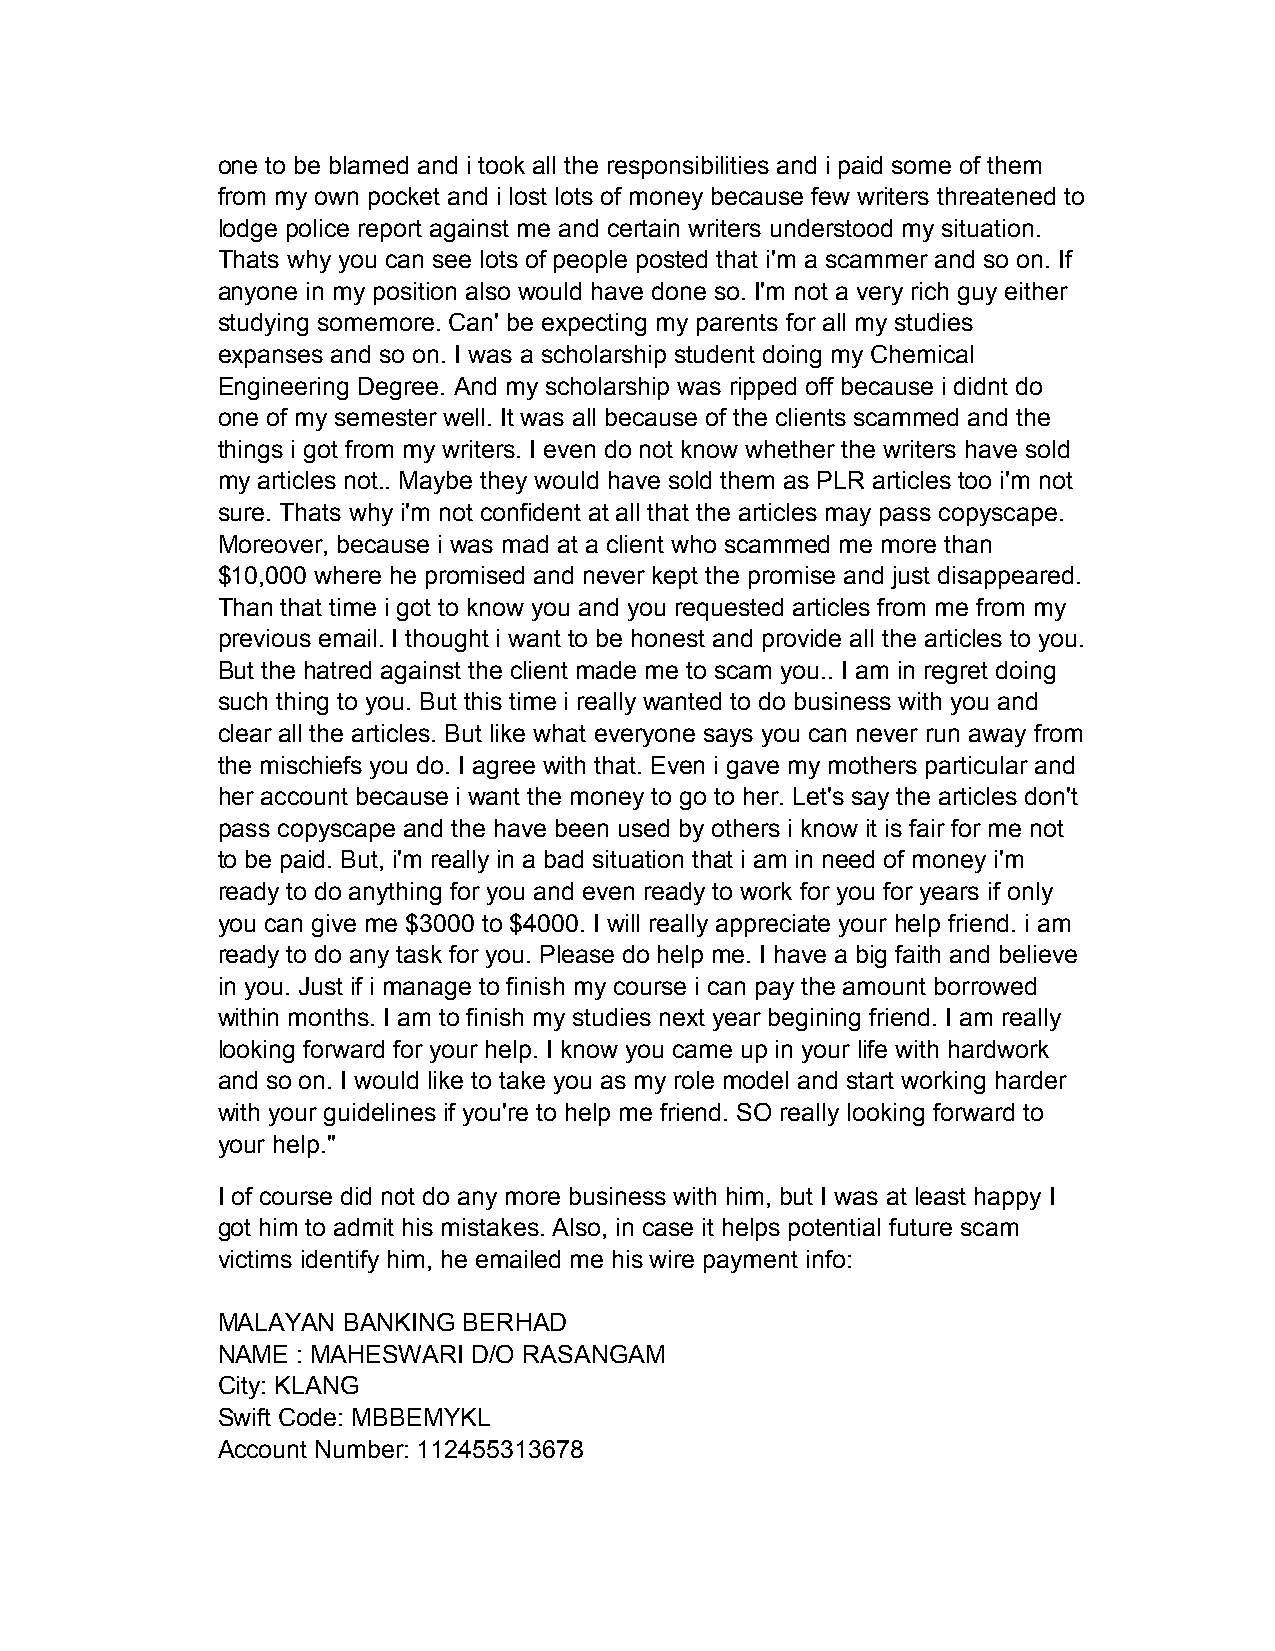
one to be blamed and i took all the responsibilities and i paid some of them
 from my own pocket and i lost lots of money because few writers threatened to
 lodge police report against me and certain writers understood my situation.
 Thats why you can see lots of people posted that i'm a scammer and so on. If
 anyone in my position also would have done so. I'm not a very rich guy either
 studying somemore. Can' be expecting my parents for all my studies
 expanses and so on. I was a scholarship student doing my Chemical
 Engineering Degree. And my scholarship was ripped off because i didnt do
 one of my semester well. It was all because of the clients scammed and the
 things i got from my writers. I even do not know whether the writers have sold
 my articles not.. Maybe they would have sold them as PLR articles too i'm not
 sure. Thats why i'm not confident at all that the articles may pass copyscape.
 Moreover, because i was mad at a client who scammed me more than
 $10,000 where he promised and never kept the promise and just disappeared.
 Than that time i got to know you and you requested articles from me from my
 previous email. I thought i want to be honest and provide all the articles to you.
 But the hatred against the client made me to scam you.. I am in regret doing
 such thing to you. But this time i really wanted to do business with you and
 clear all the articles. But like what everyone says you can never run away from
 the mischiefs you do. I agree with that. Even i gave my mothers particular and
 her account because i want the money to go to her. Let's say the articles don't
 pass copyscape and the have been used by others i know it is fair for me not
 to be paid. But, i'm really in a bad situation that i am in need of money i'm
 ready to do anything for you and even ready to work for you for years if only
 you can give me $3000 to $4000. I will really appreciate your help friend. i am
 ready to do any task for you. Please do help me. I have a big faith and believe
 in you. Just if i manage to finish my course i can pay the amount borrowed
 within months. I am to finish my studies next year begining friend. I am really
 looking forward for your help. I know you came up in your life with hardwork
 and so on. I would like to take you as my role model and start working harder
 with your guidelines if you're to help me friend. SO really looking forward to
 your help."
 I of course did not do any more business with him, but I was at least happy I
 got him to admit his mistakes. Also, in case it helps potential future scam
 victims identify him, he emailed me his wire payment info:
 MALAYAN  BANKING BERHAD
 NAME  : MAHESWARI D/O RASANGAM
 City: KLANG
 Swift Code: MBBEMYKL
 Account Number: 112455313678